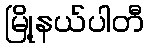
မြို့နယ်ပါတီ